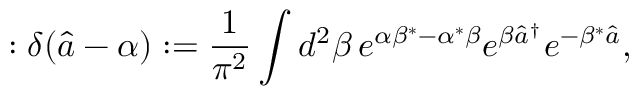
: \delta ( \hat { a } - \alpha ) : = \frac { 1 } { \pi ^ { 2 } } \int d ^ { 2 } \beta \, e ^ { \alpha \beta ^ { * } - \alpha ^ { * } \beta } e ^ { \beta \hat { a } ^ { \dag } } e ^ { - \beta ^ { * } \hat { a } } ,